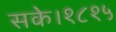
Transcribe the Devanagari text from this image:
सके।१८१५